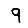
Digit: 9